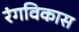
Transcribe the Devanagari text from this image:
रंगविकास